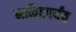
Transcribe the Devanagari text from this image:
मार्केटपर्यंत